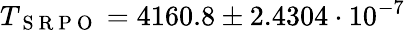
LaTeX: T_{\mathrm{~S~R~P~O~}}=4160.8\pm 2.4304\cdot 10^{-7}